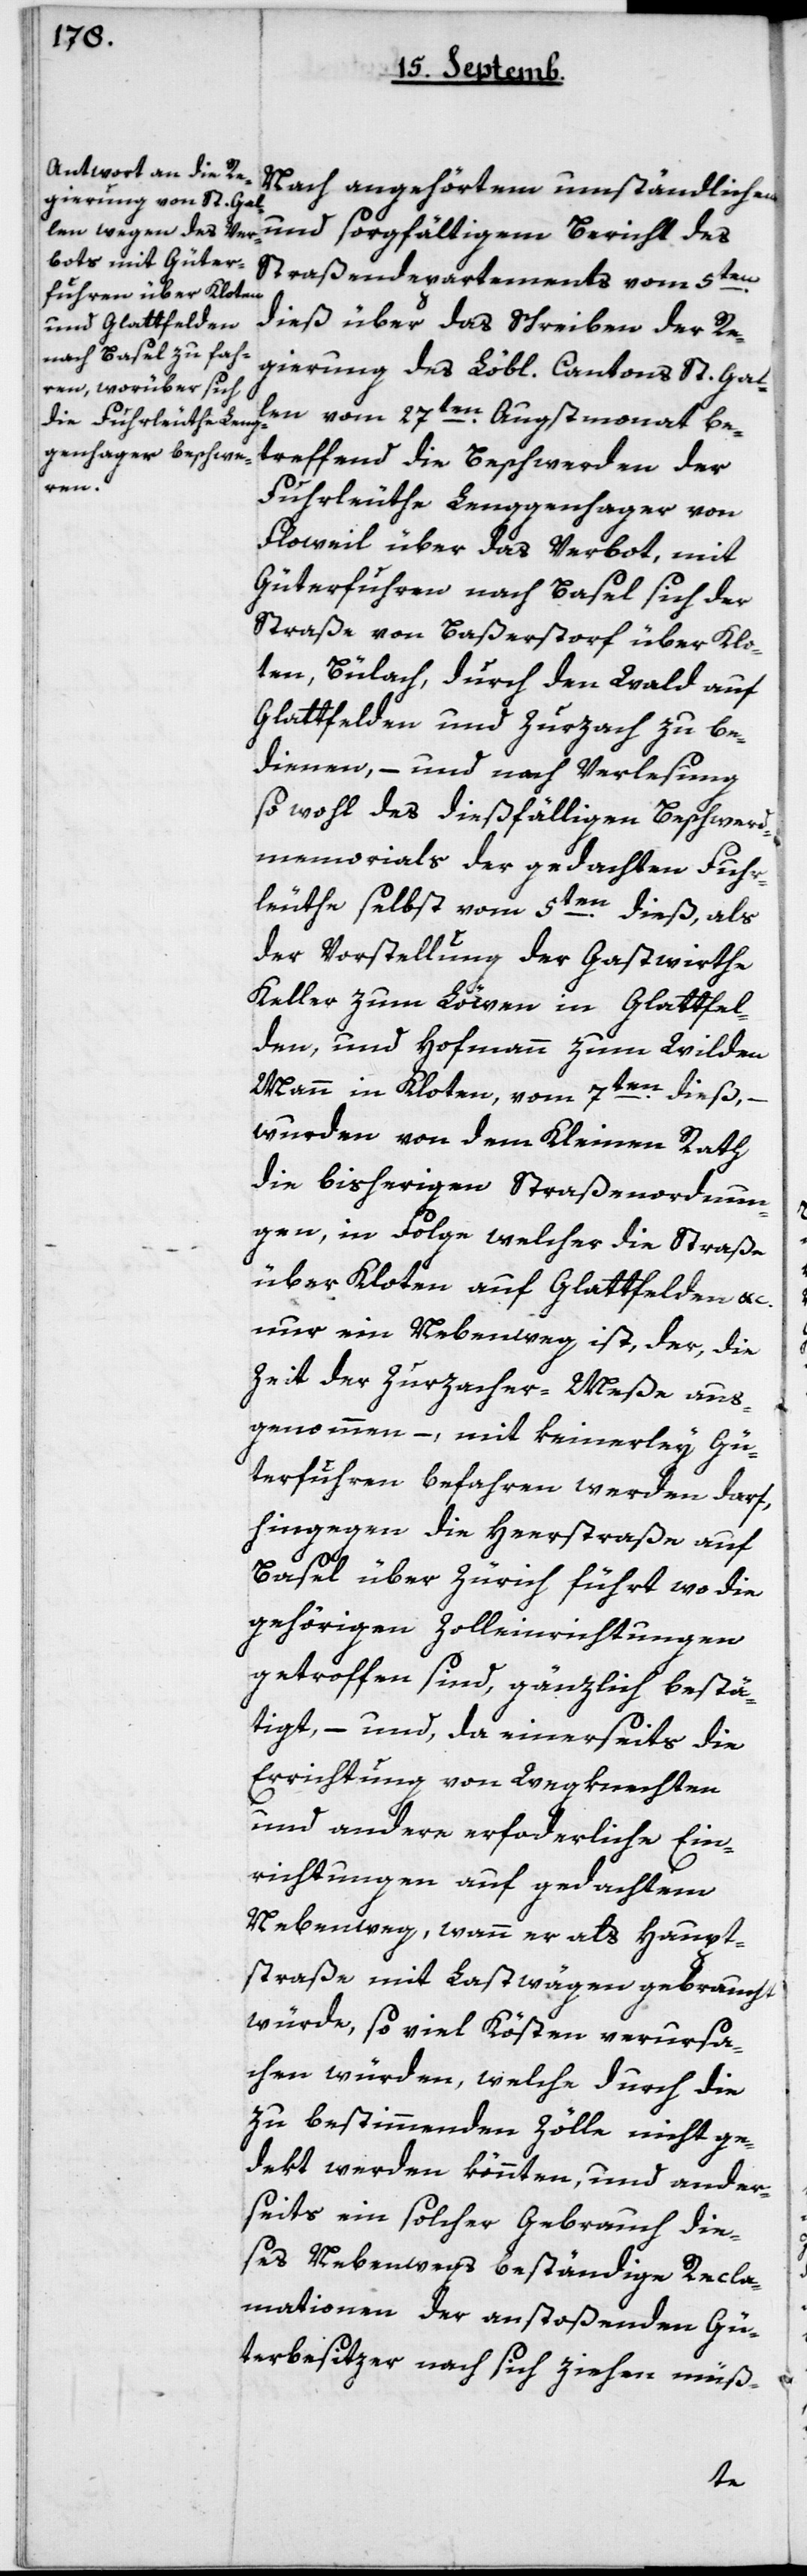
Nach angehörtem umständlichen
und sorgfältigem Bericht des
Straßendepartements vom 5ten
dieß über das Schreiben der Re¬
gierung des Löbl. Cantons St. Gal¬
len vom 27ten Augstmonat be¬
treffend die Beschwerden der
Fuhrleuthe Lenggenhager von
Floweil über das Verbot, mit
Güterfuhren nach Basel sich der
Straße von Baßerstorf über Klo¬
ten, Bülach, durch den Wald auf
Glattfelden und Zurzach zu be¬
dienen, – und nach Verlesung
sowohl des dießfälligen Beschwerd¬
memorials der gedachten Fuhr¬
leuthe selbst vom 5ten dieß, als
der Vorstellung der Gastwirthe
Keller zum Löwen in Glattfel¬
den, und Hofmann zum Wilden
Mann in Kloten, vom 7ten dieß,
wurden von dem Kleinen Rath
die bisherigen Straßenordnun¬
gen, in Folge welcher die Straße
über Kloten auf Glattfelden etc..
nur ein Nebenweg ist, der die
Zeit der Zurzacher-Meße aus¬
genommen, – mit keinerlei Gü¬
terfuhren befahren werden darf,
hingegen die Heerstraße auf
Basel über Zürich führt, wo die
gehörigen Zolleinrichtungen
getroffen sind, gänzlich bestä¬
tigt, – und, da einerseits die
Errichtung von Wegknechten
und andere erforderliche Ein¬
richtungen auf gedachtem
Nebenweg, wenn er als Haupt¬
straße mit Lastwägen gebraucht
würde, so viel Kösten verursa¬
chen würden, welche durch die
zu bestimmenden Zölle nicht ge¬
dekt werden könnten, und ander¬
seits ein solcher Gebrauch die¬
ses Nebenwegs beständige Recla¬
mationen der anstoßenden Gü¬
terbesizer nach sich ziehen müß-